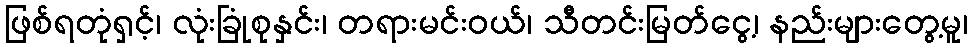
ဖြစ်ရတုံရှင့်၊ လုံးခြုံစုနှင်း၊ တရားမင်းဝယ်၊ သီတင်းမြတ်ငွေ့၊ နည်းများတွေ့မူ၊